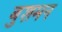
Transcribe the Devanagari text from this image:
बुशमन